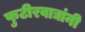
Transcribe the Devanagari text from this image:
फुटीरवाद्यांनी